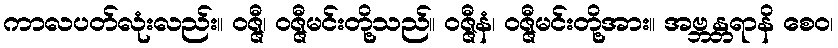
ကာလပတ်လုံးလည်း။ ဝဇ္ဇီ၊ ဝဇ္ဇီမင်းတို့သည်။ ဝဇ္ဇီနံ၊ ဝဇ္ဇီမင်းတို့အား။ အဗ္ဘန္တရာနိ စေဝ၊